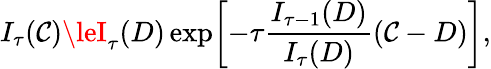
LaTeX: I_{\tau}(\mathcal{C})\leI_{\tau}(D)\exp\! \left[-\tau{\frac{{I_{\tau-1}(D)}}{{I_{\tau}(D)}}}(\mathcal{C}-D)\right],